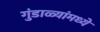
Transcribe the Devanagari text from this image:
गुंडाळ्यांमध्ये